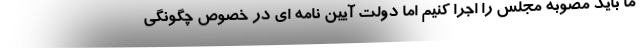
ما باید مصوبه مجلس را اجرا کنیم اما دولت آیین نامه ای در خصوص چگونگی